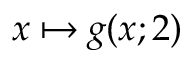
x \mapsto g ( x ; 2 )